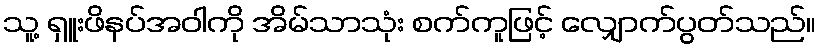
သူ့ ရှူးဖိနပ်အဝါကို အိမ်သာသုံး စက်ကူဖြင့် လျှောက်ပွတ်သည်။